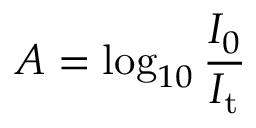
A = \log _ { 1 0 } \frac { I _ { 0 } } { I _ { \mathrm { t } } }